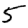
Digit: 5